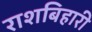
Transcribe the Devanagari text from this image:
राशबिहारी